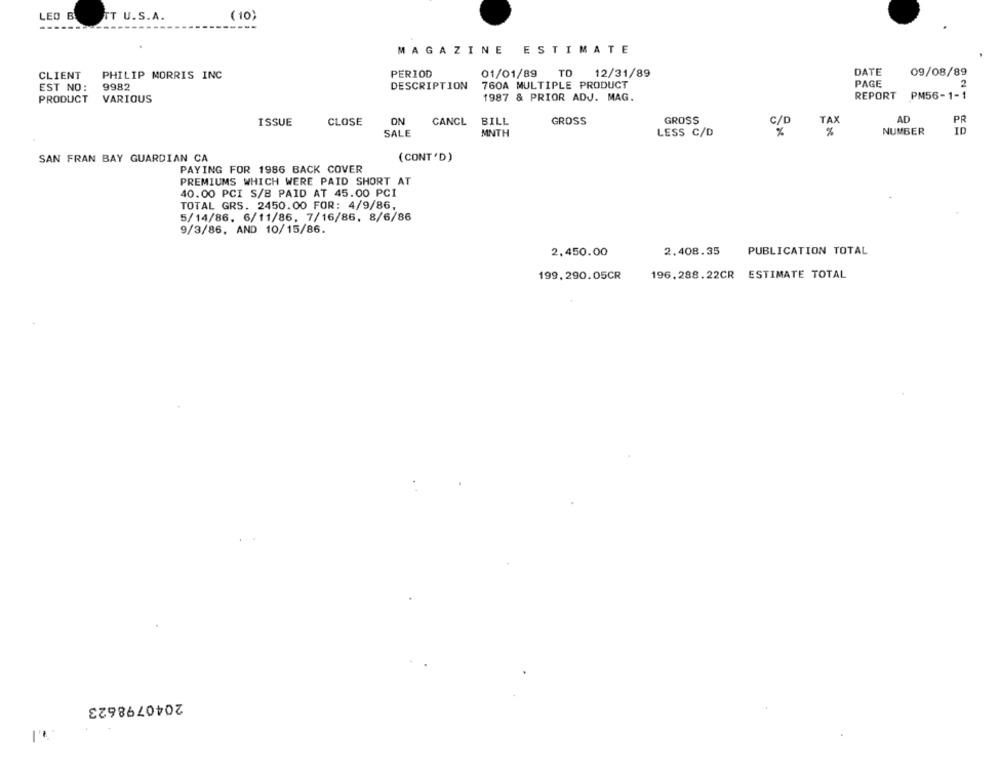
LED B
TT U.S.A.
( 10)
MAGAZINE ESTIMATE
CLIENT
PHILIP MORRIS INC
PERIOD
01/01/89
TO
12/31/89
DATE
09/08/89
9982
DESCRIPTION
760A MULTIPLE PRODUCT
PAGE
EST NO:
2
PRODUCT
VARIOUS
1987 & PRIOR ADJ. MAG.
REPORT PM56-1-1
ISSUE
CLOSE
ON
CANCL
BILL
GROSS
GROSS
C/D
TAX
AD
PR
SALE
MNTH
%
NUMBER
ID
LESS C/D
SAN FRAN BAY GUARDIAN CA
(CONT'D)
PAYING FOR 1986 BACK COVER
PREMIUMS WHICH WERE PAID SHORT AT
40.00 PCI S/B PAID AT 45.00 PCI
TOTAL GRS. 2450.00 FOR: 4/9/86,
5/14/86, 6/11/86, 7/16/86. 8/6/86
9/3/86, AND 10/15/86.
2,450.00
2.408.35
PUBLICATION TOTAL
199,290.05CR
196. 288.22CR ESTIMATE TOTAL
2040798623